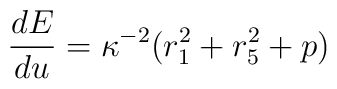
{{dE} \over {du}} =  \kappa^{-2} ( r_1^2 + r_5^2 + p)